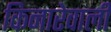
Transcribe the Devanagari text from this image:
किनारेवाली